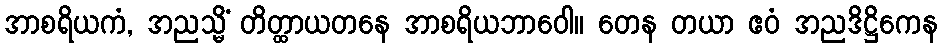
အာစရိယကံ, အညသ္မိံ တိတ္ထာယတနေ အာစရိယဘာဝေါ။ တေန တယာ ဧဝံ အညဒိဋ္ဌိကေန